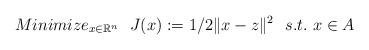
LaTeX: \begin{align*} Minimize_{x\in \mathbb{R}^n} \ \ J(x):=1/2\|x-z\|^2\ \ s.t.\ x\in A\end{align*}